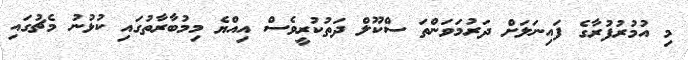
މި އުމުރުފުރާގެ ފައިނަލަށް ދަރުމަވަންތަ ސްކޫލް ދަތުކުރީވެސް އިއްޔެ މިމުބާރާތުގައި ކުޅުނު މެޗުގައި